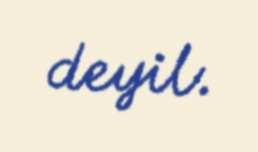
deyil.